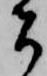
者